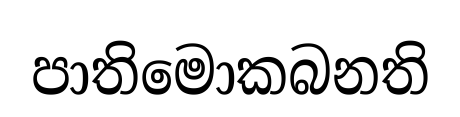
පාතිමොකබනති